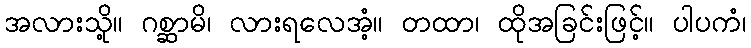
အလားသို့။ ဂစ္ဆာမိ၊ လားရလေအံ့။ တထာ၊ ထိုအခြင်းဖြင့်။ ပါပကံ၊